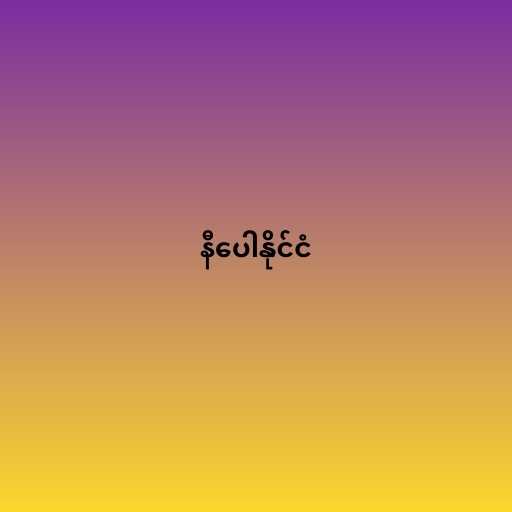
နီပေါနိုင်ငံ